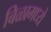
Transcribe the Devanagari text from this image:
बिळामध्ये